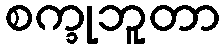
စက္ခုဘူတာ